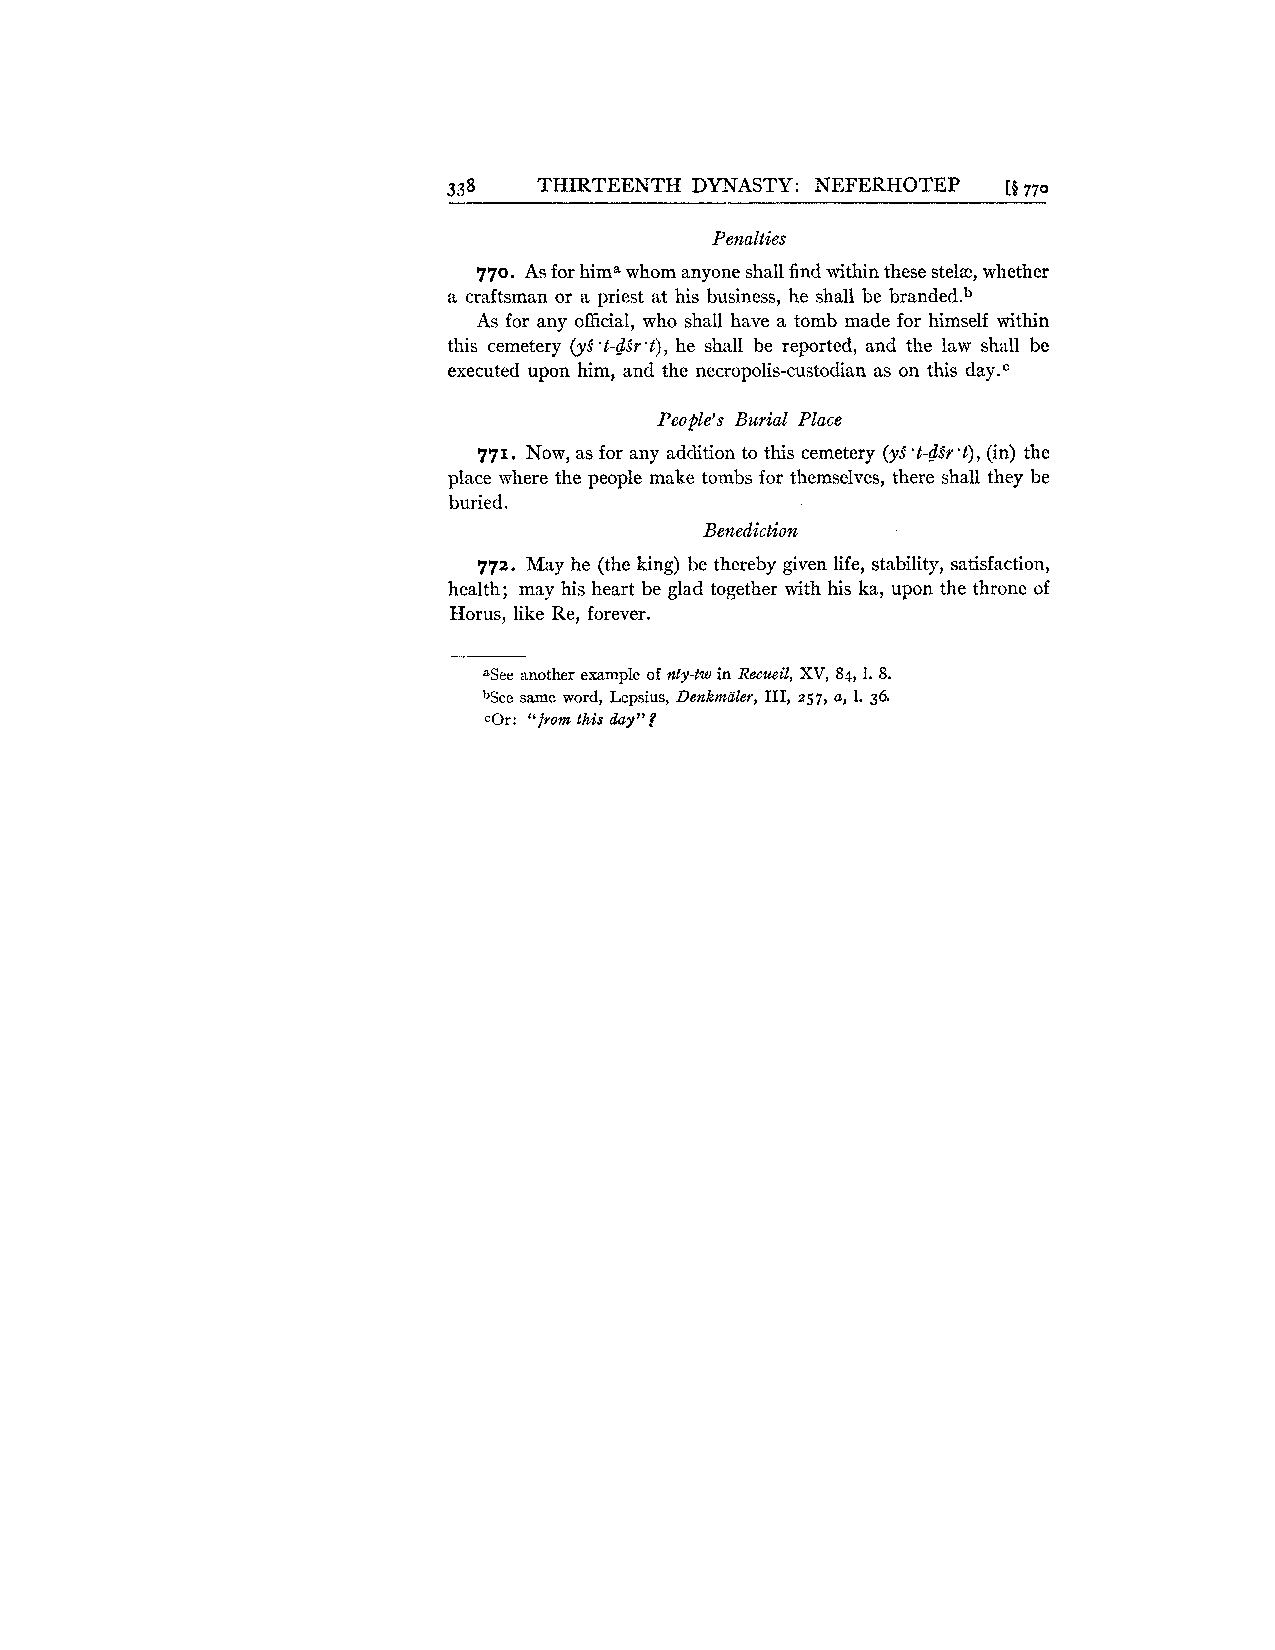
338   THIRTEENTH DYNASTY: NEFERHOTEP [$770
 Penalties
 770. As for hima whom anyone shall find within these stelae, whether
 a craftsman or a priest at his business, he shall be branded.b
 As for any official, who shall have a tomb made for himself within
 this cemetery (y3.t-dSrSt),h e shall be reported, and the law shall be
 executed upon him, and the necropolis-custodian as on this day.c
 People's Burial Pluce
 771. Now, as for any addition to this cemetery (yS 't-dSr 't), (in) the
 place where the people make tombs for themselves, there shall they be
 buried.
 Benediction
 772. May he (the king) be thereby given life, stability, satisfaction,
 health; may his heart be glad together with his ka, upon the throne of
 Horus, like Re, forever.
 See another example of sty-tw in Recueil, XV, 84, 1. 8.
 bSee same word, Lepsius, Denkntaler, 111, 257, a, 1 . 36.
 cOr: "from this day"?